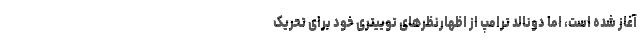
آغاز شده است، اما دونالد ترامپ از اظهارنظرهای توییتری خود برای تحریک